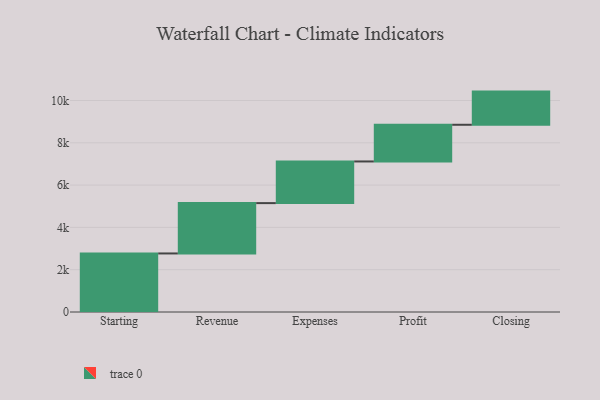
{"axis": {"x": "Step", "y": "Value"}, "legend": [""], "data": [{"x": "Starting", "y": 2768.0, "type": ""}, {"x": "Revenue", "y": 2380.0, "type": ""}, {"x": "Expenses", "y": 1969.0, "type": ""}, {"x": "Profit", "y": 1735.0, "type": ""}, {"x": "Closing", "y": 1568.0, "type": ""}]}